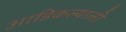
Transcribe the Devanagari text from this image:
आडिकल्याली